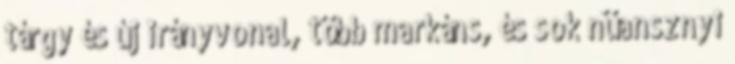
tárgy és új irányvonal, több markáns, és sok nüansznyi